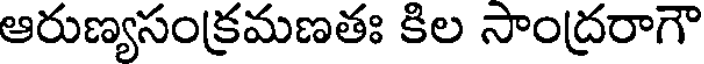
ఆరుణ్యసంక్రమణతః కిల సాంద్రరాగౌ